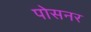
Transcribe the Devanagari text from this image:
पोसनर